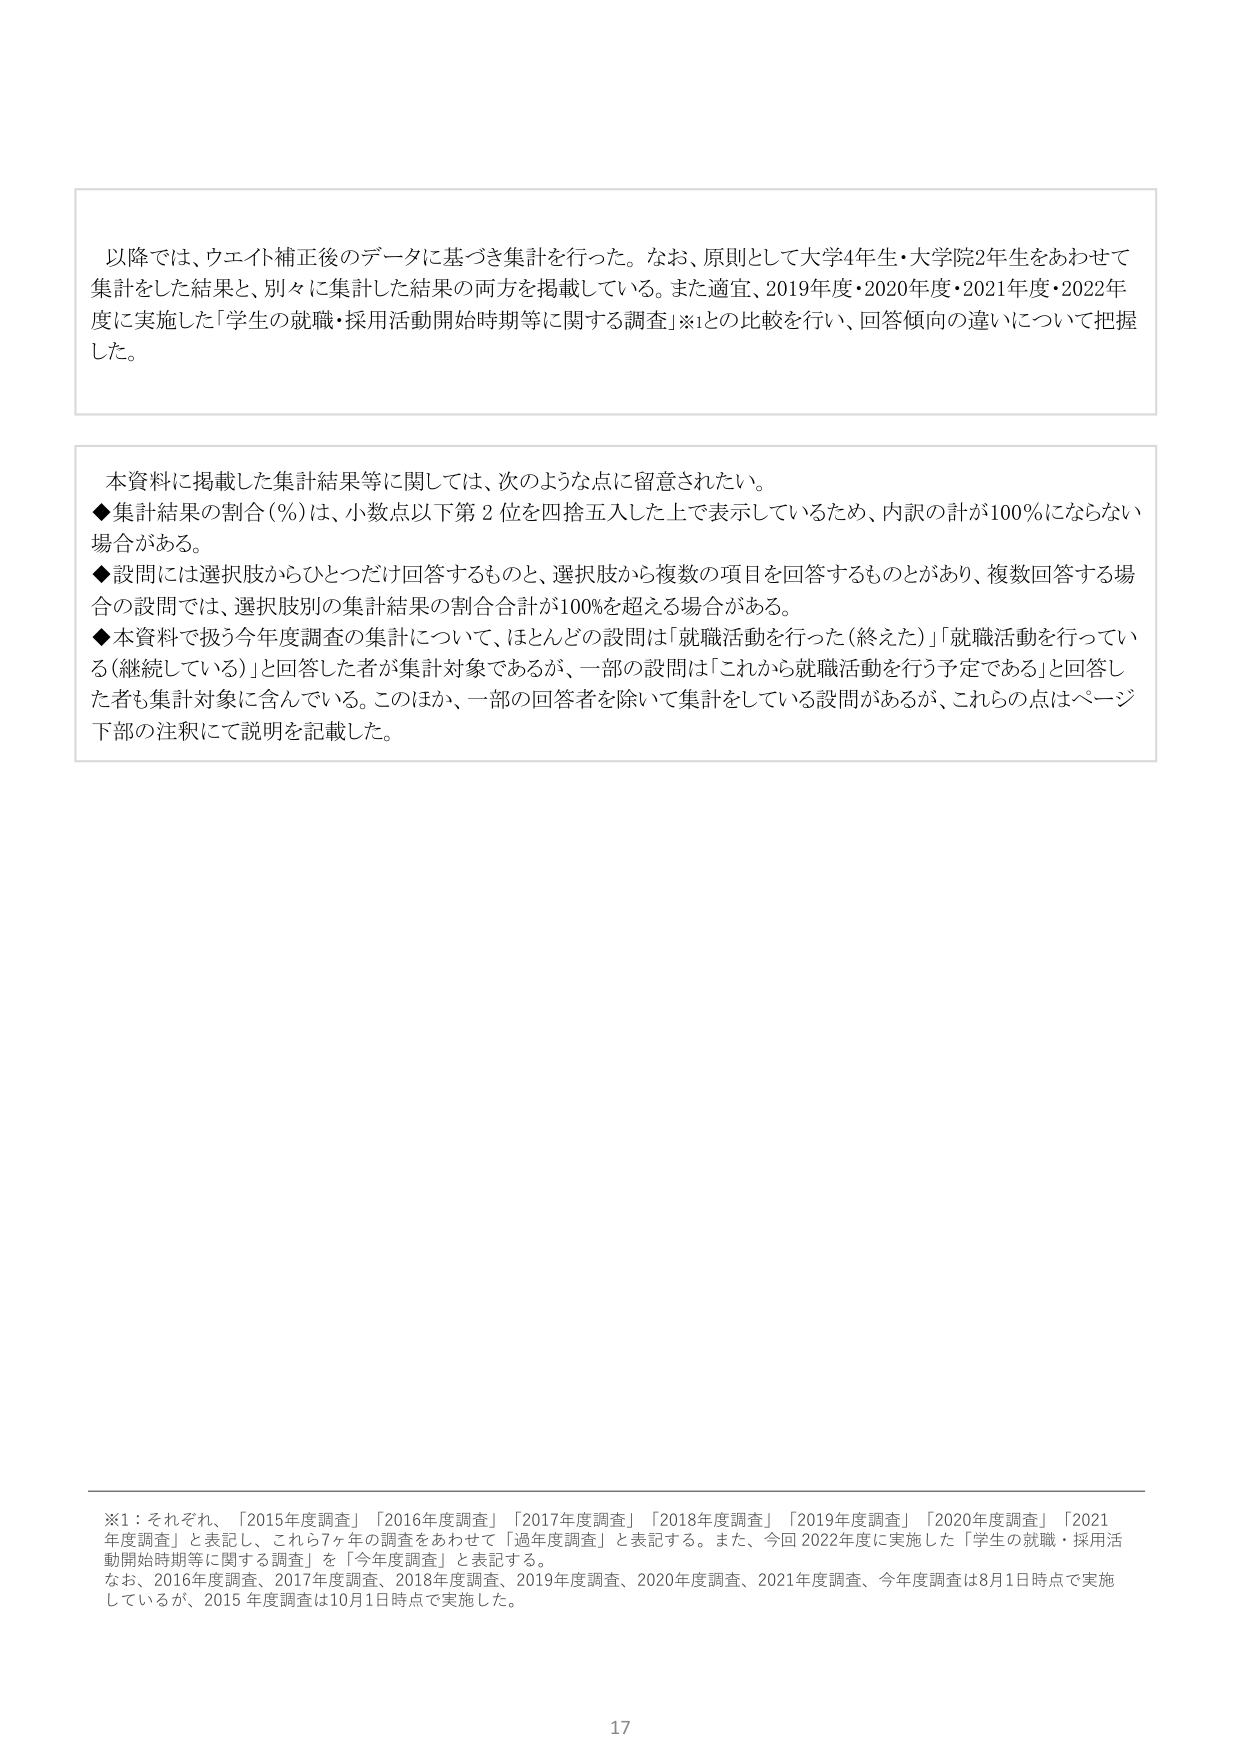
以降では、ウェイト補正後のデータに基づき集計を行った。なお、原則として大学4年生・大学院2年生をあわせて集計をした結果と、別々に集計した結果の両方を掲載している。また適宜、2019年度・2020年度・2021年度・2022年度に実施した「学生の就職・採用活動開始時期等に関する調査」※1との比較を行い、回答傾向の違いについて把握した。

本資料に掲載した集計結果等に関しては、次のような点に留意されたい。
◆集計結果の割合（％）は、小数点以下第2位を四捨五入した上で表示しているため、内訳の計が100％にならない場合がある。
◆設問には選択肢からひとつだけ回答するものと、選択肢から複数の項目を回答するものとがあり、複数回答する場合の設問では、選択肢別の集計結果の割合合計が100％を超える場合がある。
◆本資料で扱う今年度調査の集計について、ほとんどの設問は「就職活動を行った（終えた）」「就職活動を行っている（継続している）」と回答した者が集計対象であるが、一部の設問は「これから就職活動を行う予定である」と回答した者も集計対象に含んでいる。このほか、一部の回答者を除いて集計をしている設問があるが、これらの点はページ下部の注釈にて説明を記載した。

※1：それぞれ、「2015年度調査」「2016年度調査」「2017年度調査」「2018年度調査」「2019年度調査」「2020年度調査」「2021年度調査」と表記し、これら7ヶ年の調査をあわせて「過年度調査」と表記する。また、今回2022年度に実施した「学生の就職・採用活動開始時期等に関する調査」を「今年度調査」と表記する。
なお、2016年度調査、2017年度調査、2018年度調査、2019年度調査、2020年度調査、2021年度調査、今年度調査は8月1日時点で実施しているが、2015年度調査は10月1日時点で実施した。

17